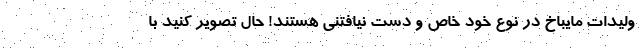
ولیدات مایباخ در نوع خود خاص و دست نیافتنی هستند! حال تصویر کنید با